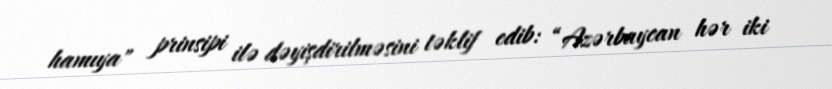
hamıya" prinsipi ilə dəyişdirilməsini təklif edib: “Azərbaycan hər iki